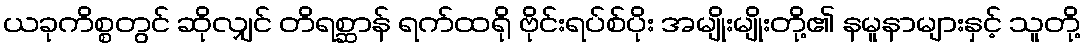
ယခုကိစ္စတွင် ဆိုလျှင် တိရစ္ဆာန် ရက်ထရို ဗိုင်းရပ်စ်ပိုး အမျိုးမျိုးတို့၏ နမူနာများနှင့် သူတို့